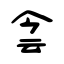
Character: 侌